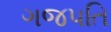
ગજપતિ